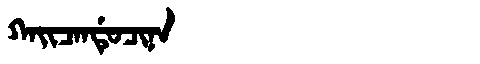
Manchu: ᡴᠠᡳᠴᠠᠨᡩᡠᠴᡳᠨᠠ
Romanization: KAICANDUCINA